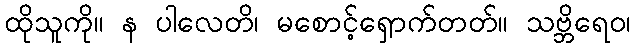
ထိုသူကို။ န ပါလေတိ၊ မစောင့်ရှောက်တတ်။ သဗ္ဘိရေဝ၊